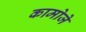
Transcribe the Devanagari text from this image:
कामोजे